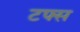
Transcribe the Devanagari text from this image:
टफ्स